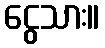
ငွေသား။